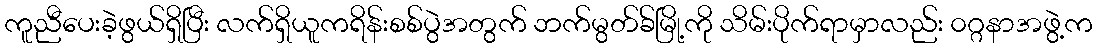
ကူညီပေးခဲ့ဖွယ်ရှိပြီး လက်ရှိယူကရိန်းစစ်ပွဲအတွက် ဘက်မွတ်ခ်မြို့ကို သိမ်းပိုက်ရာမှာလည်း ၀ဂ္ဂနာအဖွဲ့က